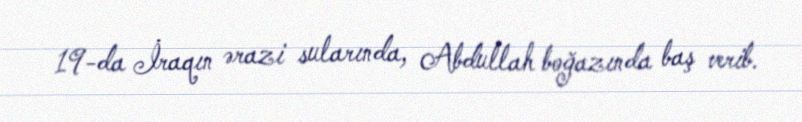
19-da İraqın ərazi sularında, Abdullah boğazında baş verib.